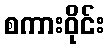
စကားဝိုင်း